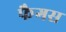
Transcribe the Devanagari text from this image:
फैगस